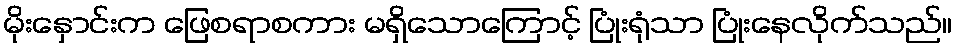
မိုးနှောင်းက ဖြေစရာစကား မရှိသောကြောင့် ပြုံးရုံသာ ပြုံးနေလိုက်သည်။